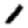
Digit: 1